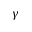
\gamma